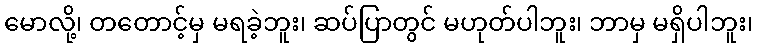
မောလို့၊ တတောင့်မှ မရခဲ့ဘူး၊ ဆပ်ပြာတွင် မဟုတ်ပါဘူး၊ ဘာမှ မရှိပါဘူး၊